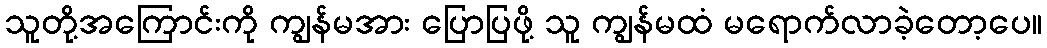
သူတို့အကြောင်းကို ကျွန်မအား ပြောပြဖို့ သူ ကျွန်မထံ မရောက်လာခဲ့တော့ပေ။